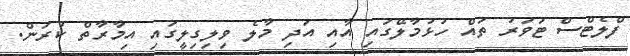
ފްލެޓްސް ޓަވަރު ތައް ހުޅުމާލޭގައި އާއި އަދި މާލެ ވިލިގިލީގައި އިމާރާތް ކުރަން.